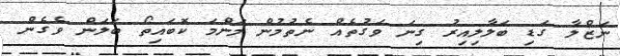
ނަޒްލާ ގަޑި ބަލާލިއިރު ގިނަ ވަގުތެއް ނެތުމުން މަންމަ ކޮބައިތޯ ބަލަން ވެގެން